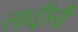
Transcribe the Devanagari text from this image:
लादीनी